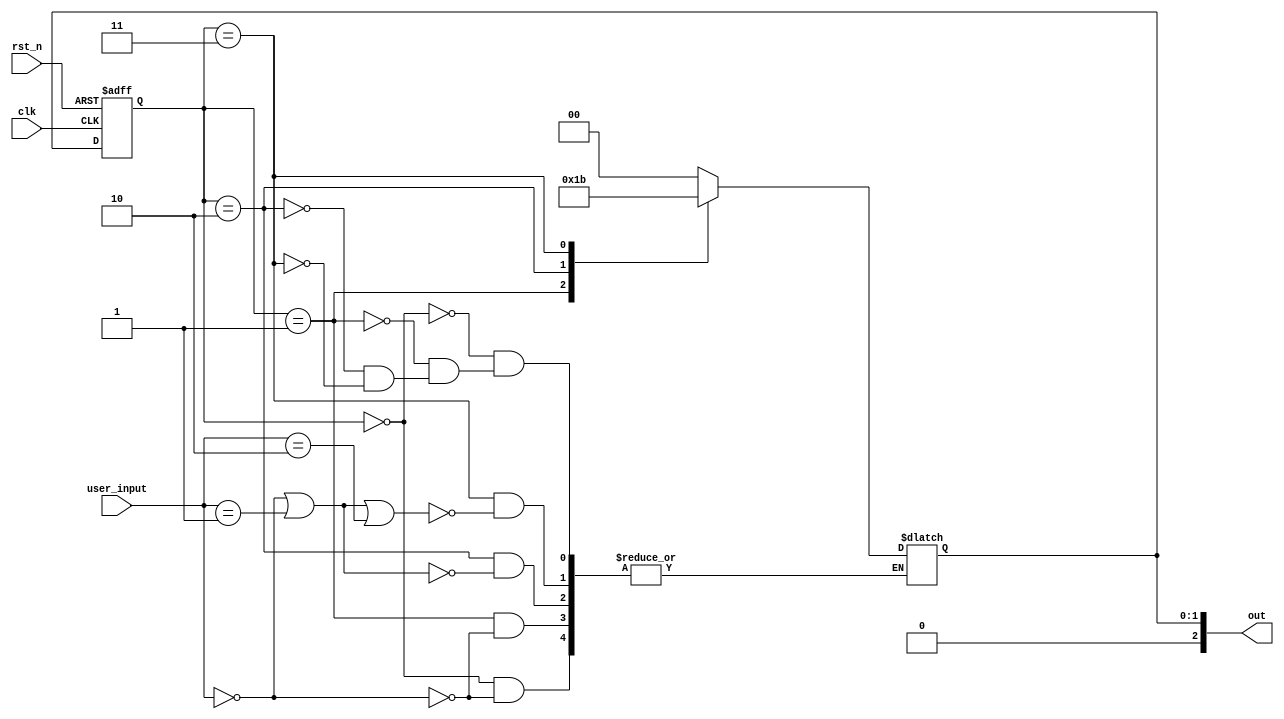
module fsm(out, user_input, clk, rst_n);

input [2:0] user_input;
input clk, rst_n;
output reg [2:0] out;
reg [1:0] state_reg,state_next;

//sequential part
always @ (posedge clk or negedge rst_n )
    begin
        if (!rst_n)
        state_reg <= 2'h0;
        else
        state_reg <= state_next;
    end

//next state and output logic
//-copilot next line-
//copilot mean_prob: 0.6691834211735856

always @ *
    begin
        case (state_reg)
            2'h0: if (user_input == 2'h0) state_next <= 2'h0;
            2'h1: if (user_input == 2'h0) state_next <= 2'h1;
            2'h2: if (user_input == 2'h0 || user_input == 2'h1) state_next <= 2'h2;
            2'h3: if (user_input == 2'h0 || user_input == 2'h1 || user_input == 2'h2) state_next <= 2'h3;
            2'h4: if (user_input == 2'h0 || user_input == 2'h1 || user_input == 2'h2 || user_input == 2'h3) state_next <= 2'h4;
            2'h5: if (user_input == 2'h0 || user_input == 2'h1 || user_input == 2'h2 || user_input == 2'h3 || user_input == 2'h4) state_next <= 2'h5;
            2'h6: if (user_input == 2'h0 || user_input == 2'h1 || user_input == 2'h2 || user_input == 2'h3 || user_input == 2'h4 || user_input == 2'h5) state_next <= 2'h6;
            default: state_next <= 2'h0;
        endcase
        out <= state_next;
    end



endmodule